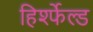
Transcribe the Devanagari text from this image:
हिर्श्फेल्ड